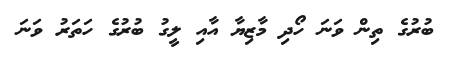
ބުރުގެ ތިން ވަނަ ހޯދި މާޒިޔާ އާއި ލީގު ބުރުގެ ހަތަރު ވަނަ